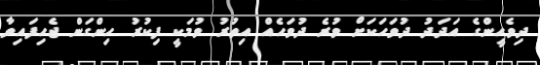
ދިވެހީންގެ އަދަދު ދުވަހަކަށް ވުރެ ދުވަހެއް އިތުރު ވުމަކީ ފިކުރު ހިންގަން ޖެހިފައިވާ